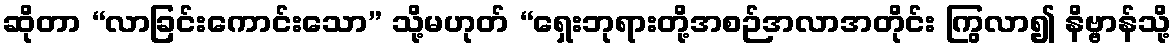
ဆိုတာ “လာခြင်းကောင်းသော” သို့မဟုတ် “ရှေးဘုရားတို့အစဉ်အလာအတိုင်း ကြွလာ၍ နိဗ္ဗာန်သို့